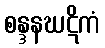
စန္ဒနဃဋိကံ